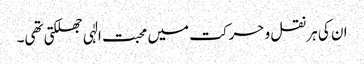
ان کی ہر نقل و حرکت میں محبت الٰہی جھلکتی تھی۔